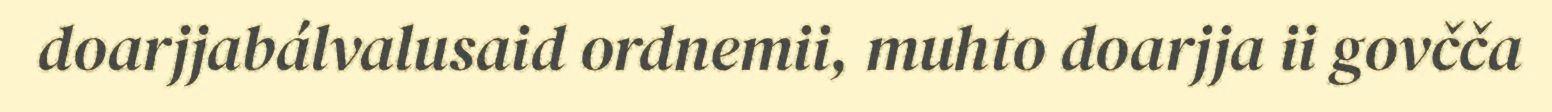
doarjjabálvalusaid ordnemii, muhto doarjja ii govčča